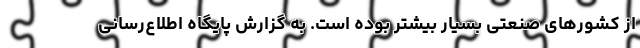
از کشورهای صنعتی بسیار بیشتر بوده است. به گزارش پایگاه اطلاع‌رسانی